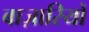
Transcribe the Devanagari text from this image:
बाज़ारियों